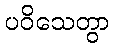
ပဝိသေတွာ